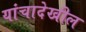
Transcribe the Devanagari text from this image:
यांचादेखील